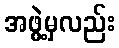
အဖွဲ့မှလည်း